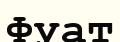
Фуат